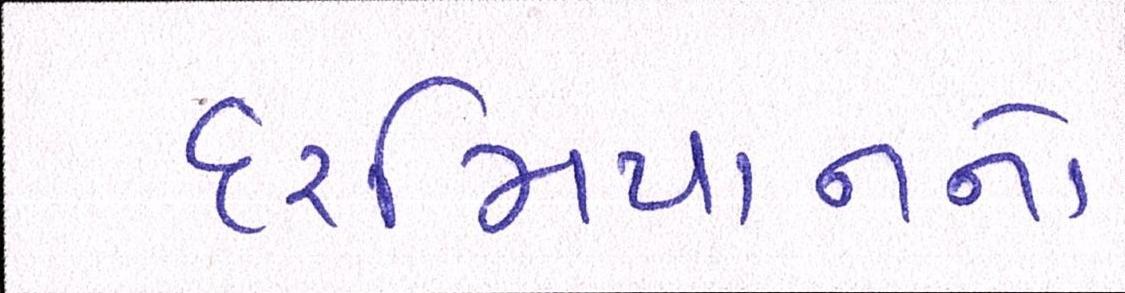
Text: દરમિયાનનો